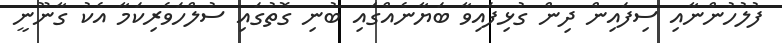
ފުލުހުންނާއި ސިފައިން ދިން ގުޅިފައިވާ ބަޔާނެއްގައި ބުނި ގޮތުގައި ސުލްހަވެރިކަމާ އެކު ގާނޫނީ